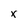
Character: x